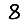
Digit: 8